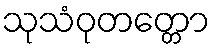
သုသံဝုတတ္တော